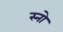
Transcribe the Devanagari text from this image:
स्‍नो